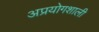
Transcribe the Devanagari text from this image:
अप्रयोगशाली